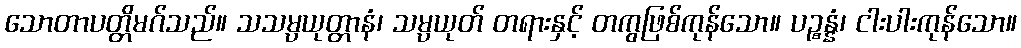
သောတာပတ္တိမဂ်သည်။ သသမ္ပယုတ္တာနံ၊ သမ္ပယုတ် တရားနှင့် တကွဖြစ်ကုန်သော။ ပဉ္စန္နံ၊ ငါးပါးကုန်သော။